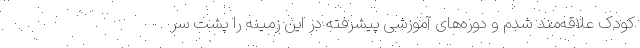
کودک علاقه‌مند شدم و دوره‌های آموزشی پیشرفته در این زمینه را پشت سر